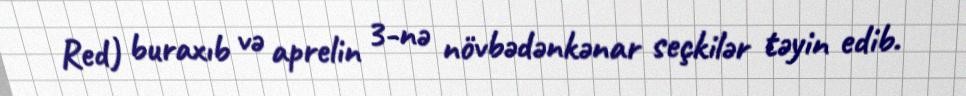
Red) buraxıb və aprelin 3-nə növbədənkənar seçkilər təyin edib.